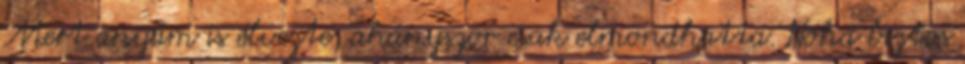
Mert anyám is élvezte, ahányszor csak elmondhatta. Noha biztos